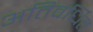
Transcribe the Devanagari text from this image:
अतिवर्धित